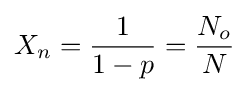
X_{n}={\frac {1}{1-p}}={\frac {N_{o}}{N}}